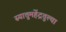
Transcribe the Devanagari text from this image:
स्यात्तुमहेंद्रतुल्या